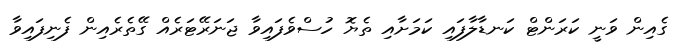
ގެއިން ވަނީ ކަރަންޓް ކަނޑާލާފައި ކަމަށާއި ތެޔޮ ހުސްވެފައިވާ ޖަނަރޭޓަރެއް ގޭތެރެއިން ފެނިފައިވާ